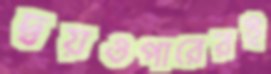
দ্বয়ওপারেরই